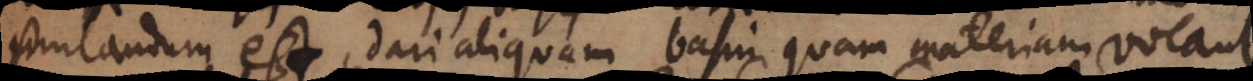
putandum est, dari aliquam basin quam materiam vocant,